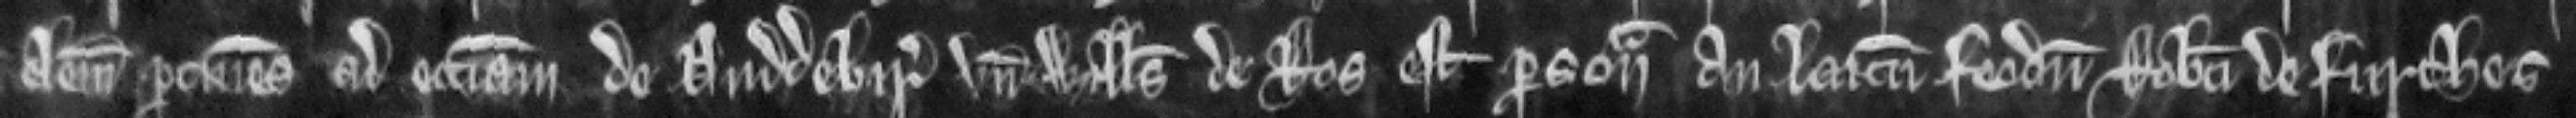
elemosina pertinens ad ecclesiam de Duddebir unde Willelmus de Ros est persona an laicum feodum Roberti de Furches